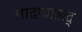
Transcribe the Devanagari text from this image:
पादाघाताद्